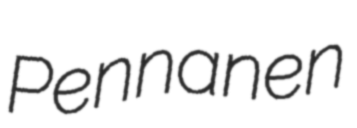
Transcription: Pennanen